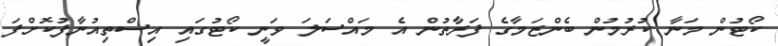
ކޯޓުން މަނާ ކުރުމުން ބެންޒަމާގެ ފަރާތުން އެ މައްސަލަ ވަނީ ކޯޓުގައި އިސްތިއުނާފުކޮށްފަ